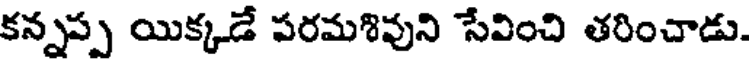
కన్నప్ప యిక్కడే పరమశివుని సేవించి తరించాడు.